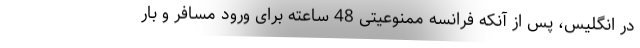
در انگلیس، پس از آنکه فرانسه ممنوعیتی 48 ساعته برای ورود مسافر و بار